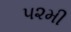
૫૨મી